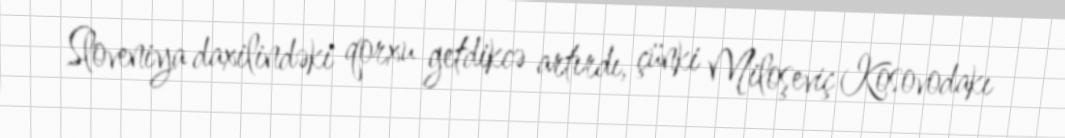
Sloveniya daxilindəki qorxu getdikcə artırdı, çünki Miloşeviç Kosovodakı